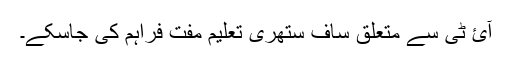
آئ ٹی سے متعلق ساف ستھری تعلیم مفت فراہم کی جاسکے۔